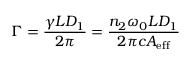
\Gamma = \frac { \gamma L D _ { 1 } } { 2 \pi } = \frac { n _ { 2 } \omega _ { 0 } L D _ { 1 } } { 2 \pi c A _ { \mathrm { e f f } } }